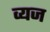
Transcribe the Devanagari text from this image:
व्यज